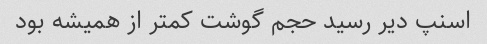
اسنپ دیر رسید حجم گوشت کمتر از همیشه بود